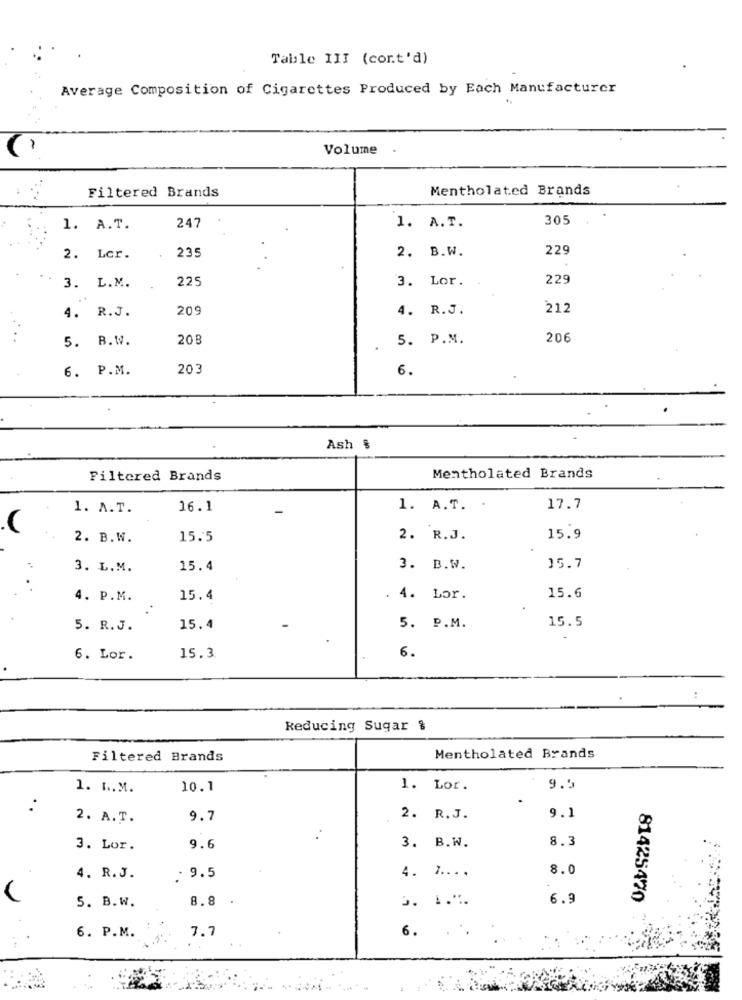
Table III (cont'd)
Average Composition of Cigarettes Produced by Each Manufacturer
Volume
Mentholated Brands
Filtered Brands
305
1. A.T.
247
1. A.T.
2. B.W.
229
2. Lcr.
235
225
3. Lor.
229
3. L.M.
20
4. R.J.
212
4. R.J.
5. B.W.
208
5. P.M.
206
6. P.M.
203
6.
Ash %
Filtered Brands
Mentholated Brands
1. A.T.
16.1
1. A.T.
17.7
2. B.W.
15.5
2. R.J.
15.9
3. L.M.
15.4
3. B.W.
15.7
4. P.M.
15.4
4. Lor.
15.6
5. R.J.
15.4
5. P.M.
15.5
6.
6. Lor.
15.3
Reducing Sugar &
Filtered Brands
Mentholated Brands
1. L.M.
10.1
1. Lor.
9.5
:
2. A.T.
9.7
2. R.J.
9.1
8.3
3. Lor.
9.6
3. B.W.
8.0
4. R.J.
. 9.5
4. 7 ....
8.8
5. .. ".
6.9
81425470
5. B.W.
6. P.M.
7.7
6.